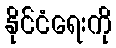
နိုင်ငံရေးကို